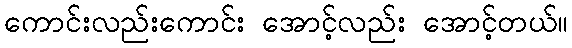
ကောင်းလည်းကောင်း အောင့်လည်း အောင့်တယ်။